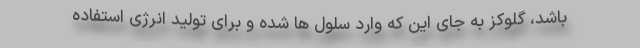
باشد، گلوکز به جای این که وارد سلول ها شده و برای تولید انرژی استفاده